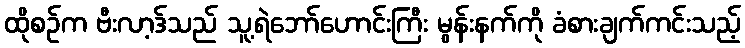
ထိုစဉ်က ဗီးလာ့ဒ်သည် သူ့ရဲဘော်ဟောင်းကြီး မွန်းနက်ကို ခံစားချက်ကင်းသည့်